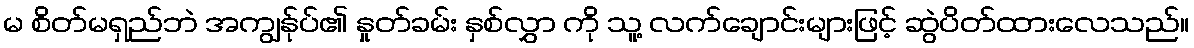
မ စိတ်မရှည်ဘဲ အကျွန်ုပ်၏ နှုတ်ခမ်း နှစ်လွှာ ကို သူ့ လက်ချောင်းများဖြင့် ဆွဲပိတ်ထားလေသည်။